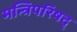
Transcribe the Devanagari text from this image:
मन्त्रिपरिषद्